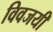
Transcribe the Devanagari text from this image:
विवजयी